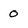
Character: 0